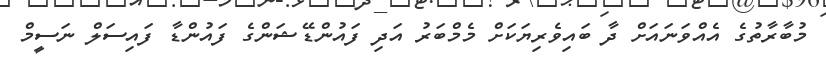
މުބާރާތުގެ އެއްވަނައަށް ދާ ބައިވެރިޔަކަށް މެމްބަރު އަދި ފައުންޑޭޝަންގެ ފައުންޑާ ފައިސަލް ނަސީމް